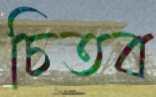
চিতব